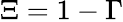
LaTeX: \Xi=1-\Gamma